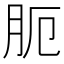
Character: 𦙜